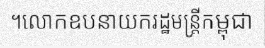
។លោកឧបនាយករដ្ឋមន្ត្រីកម្ពុជា